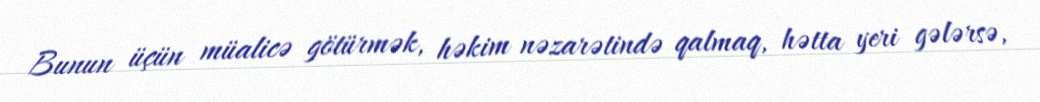
Bunun üçün müalicə götürmək, həkim nəzarətində qalmaq, hətta yeri gələrsə,